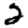
Digit: 2